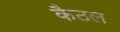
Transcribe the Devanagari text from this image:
कैठल